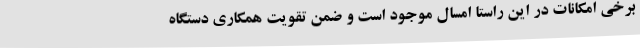
برخی امکانات در این راستا امسال موجود است و ضمن تقویت همکاری دستگاه